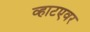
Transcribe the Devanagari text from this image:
व्हाटएवर